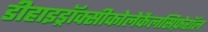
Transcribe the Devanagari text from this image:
डीहाइड्रॉक्सीकोलेकैलसिफ़ेरॉल